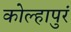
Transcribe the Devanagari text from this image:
कोल्हापुरं